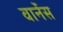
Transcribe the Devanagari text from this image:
वार्नेस